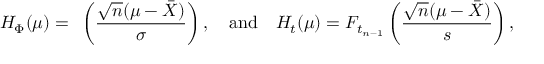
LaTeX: H _ { \Phi } ( \mu ) = { \mathit { \Phi } } \left( { \frac { { \sqrt { n } } ( \mu - { \bar { X } } ) } { \sigma } } \right) , \quad { \mathrm { a n d } } \quad H _ { t } ( \mu ) = F _ { t _ { n - 1 } } \left( { \frac { { \sqrt { n } } ( \mu - { \bar { X } } ) } { s } } \right) ,